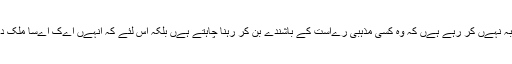
سنی ہنڈال دکھتی رگ پر ہاتھ رکھتے ہوئے کہتا ہے کہ سکھ اس لئے خالصتان کا مطالبہ نہےں کر رہے ہےں کہ وہ کسی مذہبی رےاست کے باشندے بن کر رہنا چاہتے ہےں بلکہ اس لئے کہ انہےں اےک اےسا ملک درکار ہے جہاں تمام سکھ بھائی چارے کے ساتھ وقار کے ساتھ زندگی بسر کر سکےں۔